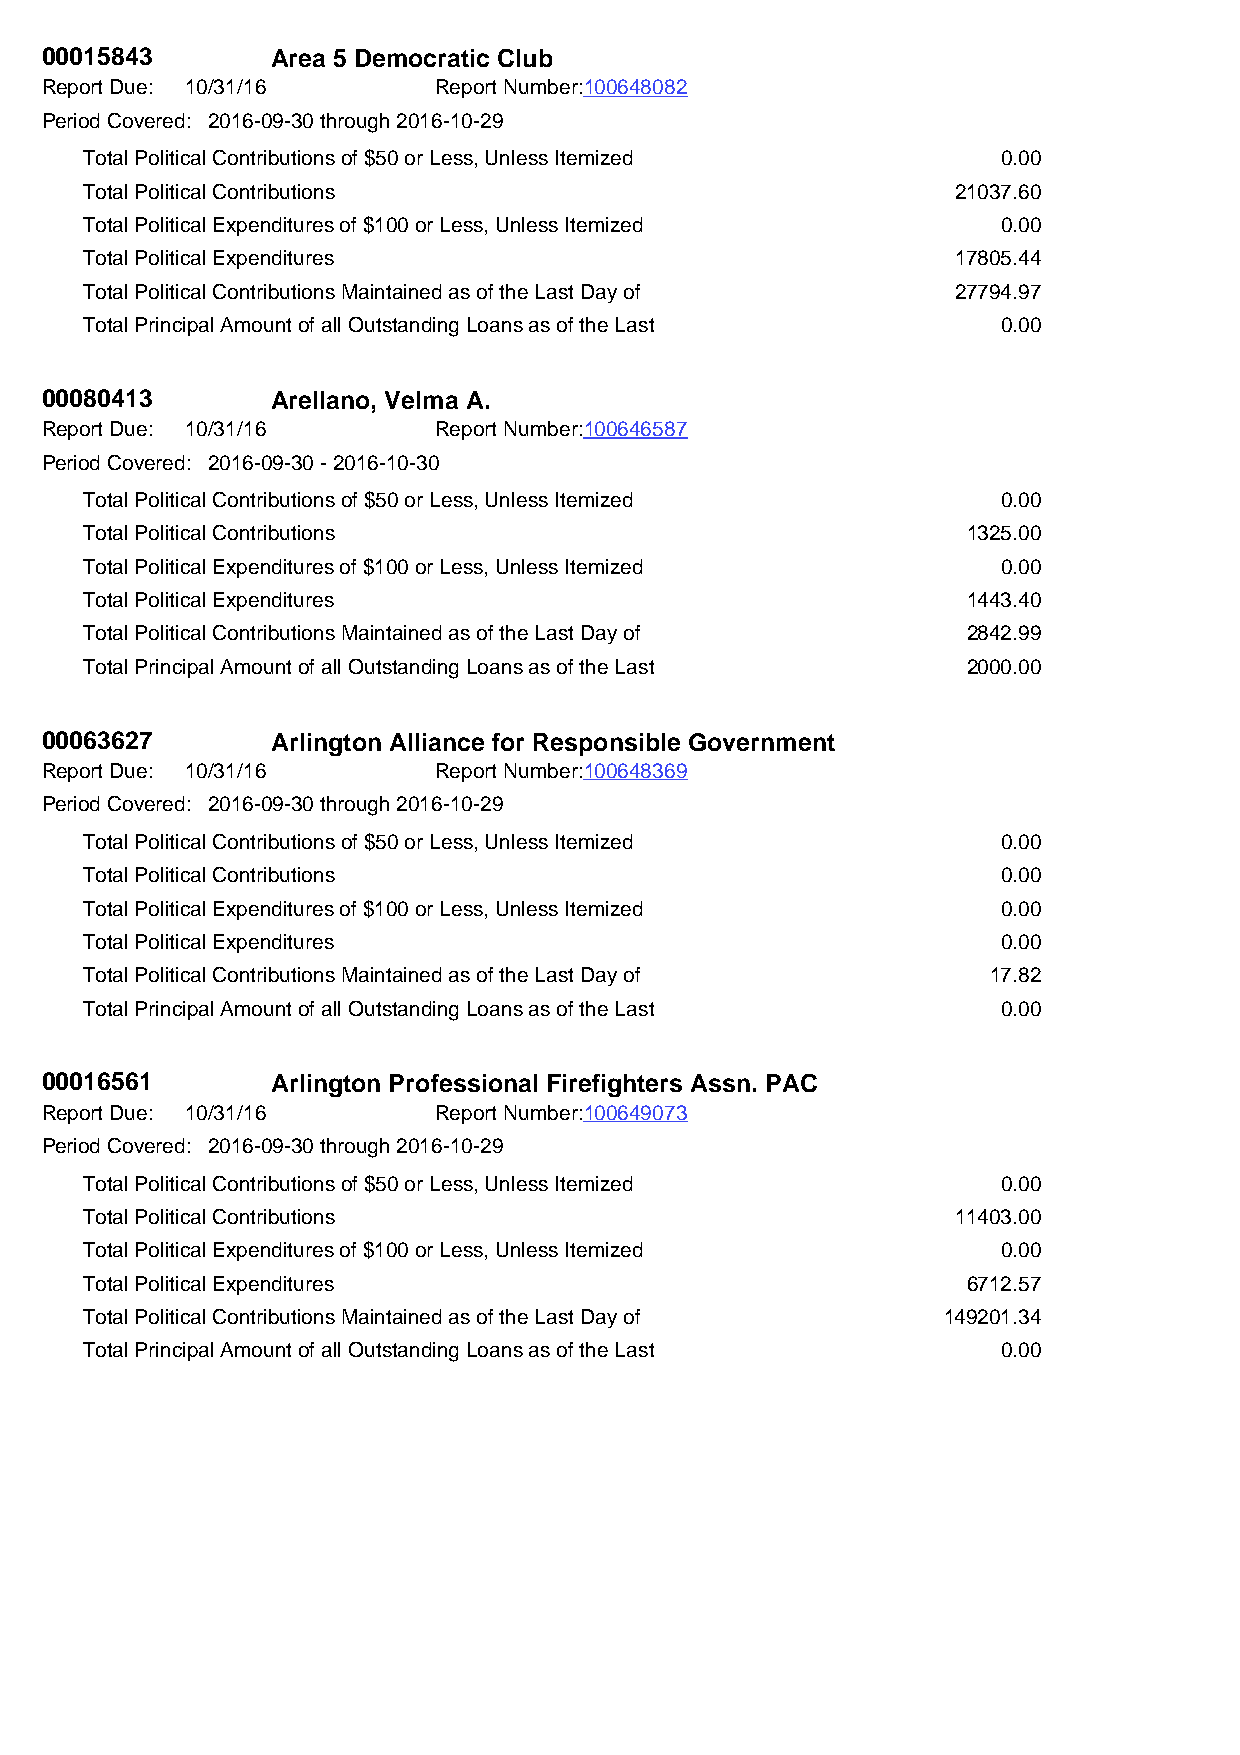
00015843       Area 5 Democratic Club
 Report Due: 10/31/16      Report Number:100648082
 Period Covered: 2016-09-30 through 2016-10-29
 Total Political Contributions of $50 or Less, Unless Itemized 0.00
 Total Political Contributions                            21037.60
 Total Political Expenditures of $100 or Less, Unless Itemized 0.00
 Total Political Expenditures                             17805.44
 Total Political Contributions Maintained as of the Last Day of 27794.97
 Total Principal Amount of all Outstanding Loans as of the Last 0.00
 00080413       Arellano, Velma A.
 Report Due: 10/31/16      Report Number:100646587
 Period Covered: 2016-09-30 - 2016-10-30
 Total Political Contributions of $50 or Less, Unless Itemized 0.00
 Total Political Contributions                             1325.00
 Total Political Expenditures of $100 or Less, Unless Itemized 0.00
 Total Political Expenditures                              1443.40
 Total Political Contributions Maintained as of the Last Day of 2842.99
 Total Principal Amount of all Outstanding Loans as of the Last 2000.00
 00063627       Arlington Alliance for Responsible Government
 Report Due: 10/31/16      Report Number:100648369
 Period Covered: 2016-09-30 through 2016-10-29
 Total Political Contributions of $50 or Less, Unless Itemized 0.00
 Total Political Contributions                               0.00
 Total Political Expenditures of $100 or Less, Unless Itemized 0.00
 Total Political Expenditures                                0.00
 Total Political Contributions Maintained as of the Last Day of 17.82
 Total Principal Amount of all Outstanding Loans as of the Last 0.00
 00016561       Arlington Professional Firefighters Assn. PAC
 Report Due: 10/31/16      Report Number:100649073
 Period Covered: 2016-09-30 through 2016-10-29
 Total Political Contributions of $50 or Less, Unless Itemized 0.00
 Total Political Contributions                            11403.00
 Total Political Expenditures of $100 or Less, Unless Itemized 0.00
 Total Political Expenditures                              6712.57
 Total Political Contributions Maintained as of the Last Day of 149201.34
 Total Principal Amount of all Outstanding Loans as of the Last 0.00